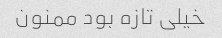
خیلی تازه بود ممنون